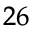
^ { 2 6 \! }